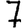
Digit: 7